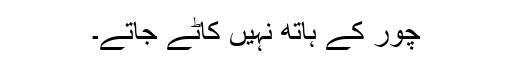
چور کے ہاتھ نہیں کاٹے جاتے۔